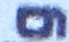
و